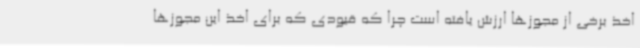
اخذ برخی از مجوزها ارزش یافته است چرا که قیودی که برای اخذ این مجوزها